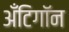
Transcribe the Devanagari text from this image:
अँटिगॉन